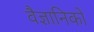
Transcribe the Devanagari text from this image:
वैज्ञानिकों